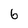
Character: 6